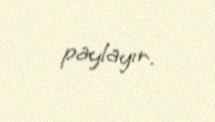
paylayır.